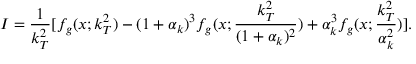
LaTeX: { \cal I } = \frac { 1 } { k _ { T } ^ { 2 } } [ f _ { g } ( x ; k _ { T } ^ { 2 } ) - ( 1 + \alpha _ { k } ) ^ { 3 } f _ { g } ( x ; \frac { k _ { T } ^ { 2 } } { ( 1 + \alpha _ { k } ) ^ { 2 } } ) + \alpha _ { k } ^ { 3 } f _ { g } ( x ; \frac { k _ { T } ^ { 2 } } { \alpha _ { k } ^ { 2 } } ) ] .